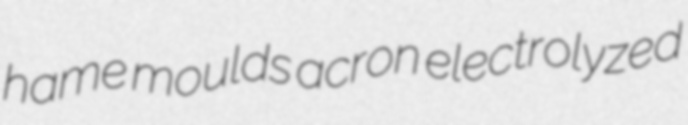
hame moulds acron electrolyzed